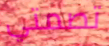
تصمتي